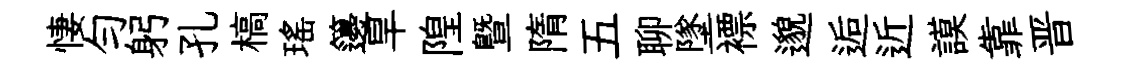
悽勻躬孔槁瑤籩旱隍曁隋五聊墜褾邈逅近謨靠晋